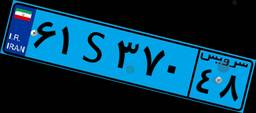
۲۷S۳۲۹۳۵